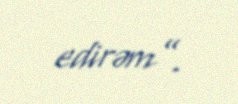
edirəm”.